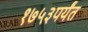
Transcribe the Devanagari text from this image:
१७५३पर्यंत